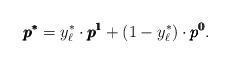
LaTeX: \begin{align*}\pmb{p^*} = y^*_\ell \cdot \pmb{p^1} + (1-y^*_\ell) \cdot \pmb{p^0}.\end{align*}